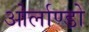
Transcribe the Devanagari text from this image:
ओर्लाण्डो